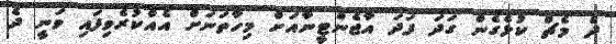
ދެ މެޗް ކުޅެގެން ގަދަ ފަދަ އާޖެންޓީނާއަށް މިހާތަނަށް އެއްކުރެވިފައި ވަނީ ދެ